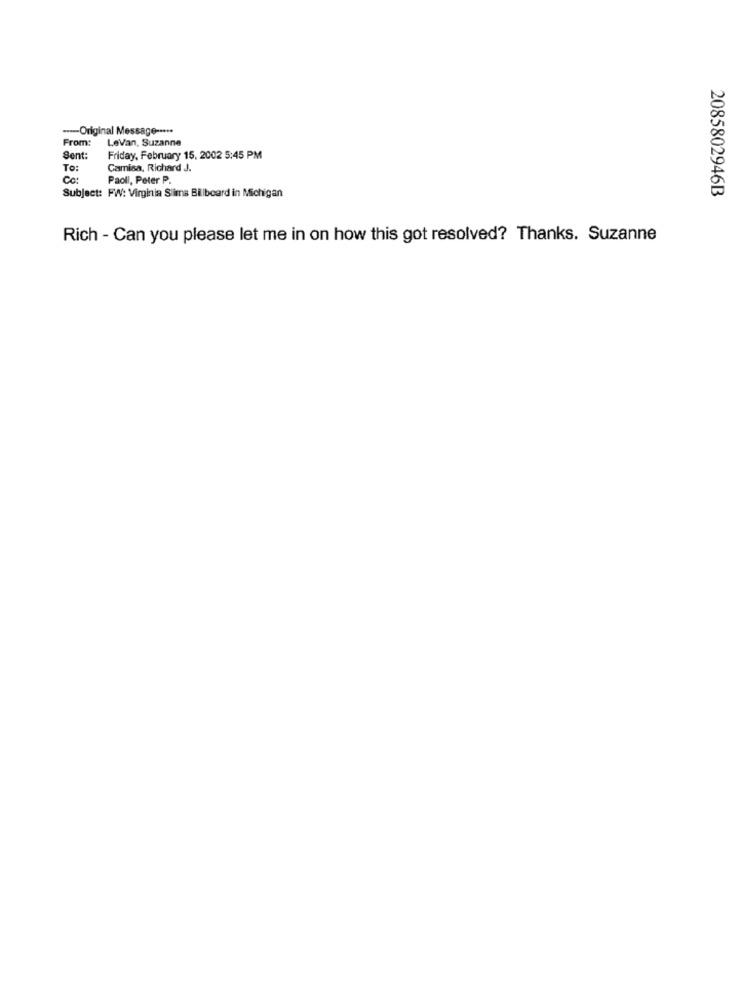
--- Original Message -....
From:
LeVan, Suzanne
Sent:
Friday, February 15, 2002 5:45 PM
To:
Camisa, Richard J.
Co:
Paoll, Peter P.
2085802946B
Subject: FW: Virginia Slims Billboard in Michigan
Rich - Can you please let me in on how this got resolved? Thanks. Suzanne